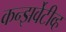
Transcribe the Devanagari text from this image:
कन्झर्वेटीव्ह